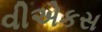
વીએકસ